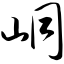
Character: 峒